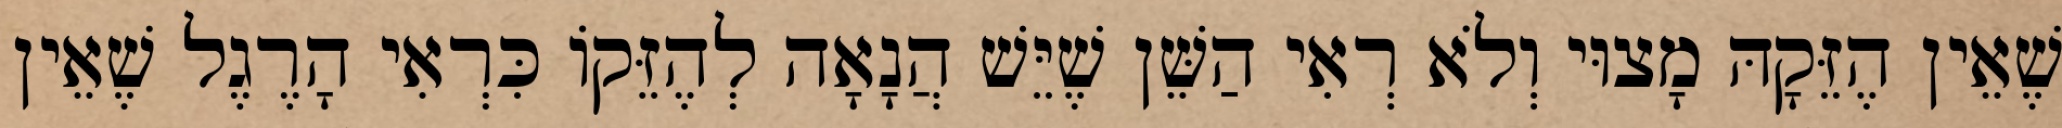
שֶׁאֵין הֶזֵּקָהּ מָצוּי וְלֹא רְאִי הַשֵּׁן שֶׁיֵּשׁ הֲנָאָה לְהֶזֵּקוֹ כִּרְאִי הָרֶגֶל שֶׁאֵין